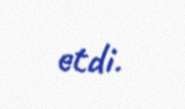
etdi.